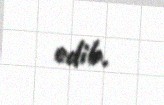
edib.